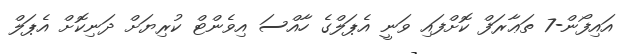
އައިފޯން-7 ތަޢާރަފް ކޮށްފައި ވަނީ އެޕަލްގެ ހާއްސަ އިވެންޓް ކުރިޔަށް ދަނިކޮށް އެޕަލް